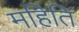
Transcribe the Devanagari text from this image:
महिति